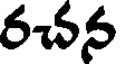
రచన